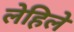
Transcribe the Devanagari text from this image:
लेहिले